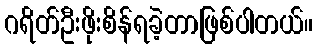
ဂရိတ်ဦးဖိုးစိန်ရခဲ့တာဖြစ်ပါတယ်။